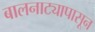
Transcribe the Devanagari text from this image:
बालनाट्यापासून